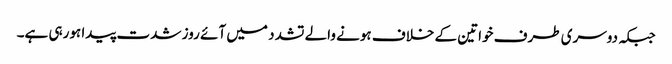
جبکہ دوسری طرف خواتین کے خلاف ہونے والے تشدد میں آئے روز شدت پیدا ہورہی ہے۔